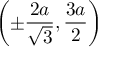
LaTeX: \left( \pm { \frac { 2 a } { \sqrt { 3 } } } , { \frac { 3 a } { 2 } } \right)